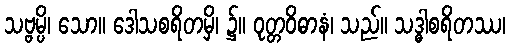
သဗ္ဗမ္ပိ၊ သော။ ဒေါသစရိတမှိ၊ ၌။ ဝုတ္တဝိဓာနံ၊ သည်။ သဒ္ဓါစရိတဿ၊